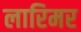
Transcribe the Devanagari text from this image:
लारिमर